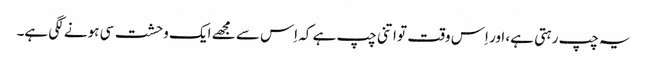
یہ چپ رہتی ہے، اور اِس وقت تو اتنی چپ ہے کہ اِس سے مجھے ایک وحشت سی ہونے لگی ہے۔